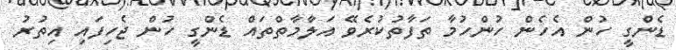
ޑެންގީ ހުން އެހެން ހުންހުމާ ތަފާތުކުރެވޭ އަލާމާތްތައް ޑެންގީ ހުން ޖެހިފައި އިތުރު